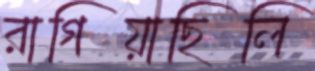
রাগিয়াছিলি